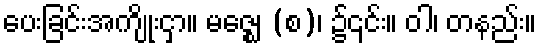
ပေးခြင်းအကျိုးငှာ။ မဇ္ဈေ (စ)၊ ၌၎င်း။ ဝါ၊ တနည်း။